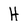
Character: H